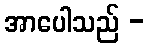
အာပေါသည် -